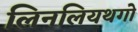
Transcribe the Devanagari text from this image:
लिनलियथगो